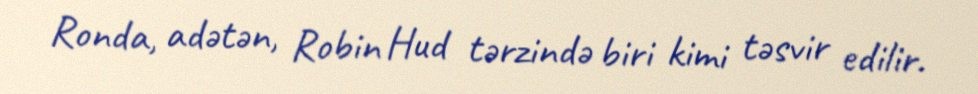
Ronda, adətən, Robin Hud tərzində biri kimi təsvir edilir.